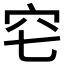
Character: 𥤥